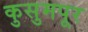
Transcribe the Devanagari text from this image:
कुसुमपूर